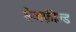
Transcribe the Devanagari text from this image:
सेजफ़ील्ड